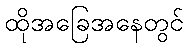
ထိုအခြေအနေတွင်